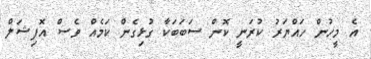
އެ މީހުން ހައްޔަރު ކުރަނީ ކޮން ސަބަބަކާ ގުޅިގެން ކަމެއް ވެސް އޮފިޝަލް